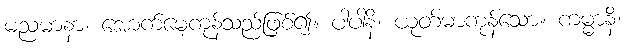
မညမာနာ၊ အောက်မေ့ကုန်သည်ဖြစ်၍။ ပါပါနိ၊ ယုတ်မာကုန်သော။ ကမ္မာနိ၊